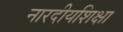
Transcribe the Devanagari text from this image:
नारदीयशिक्षा